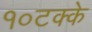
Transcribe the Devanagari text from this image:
१०टक्के